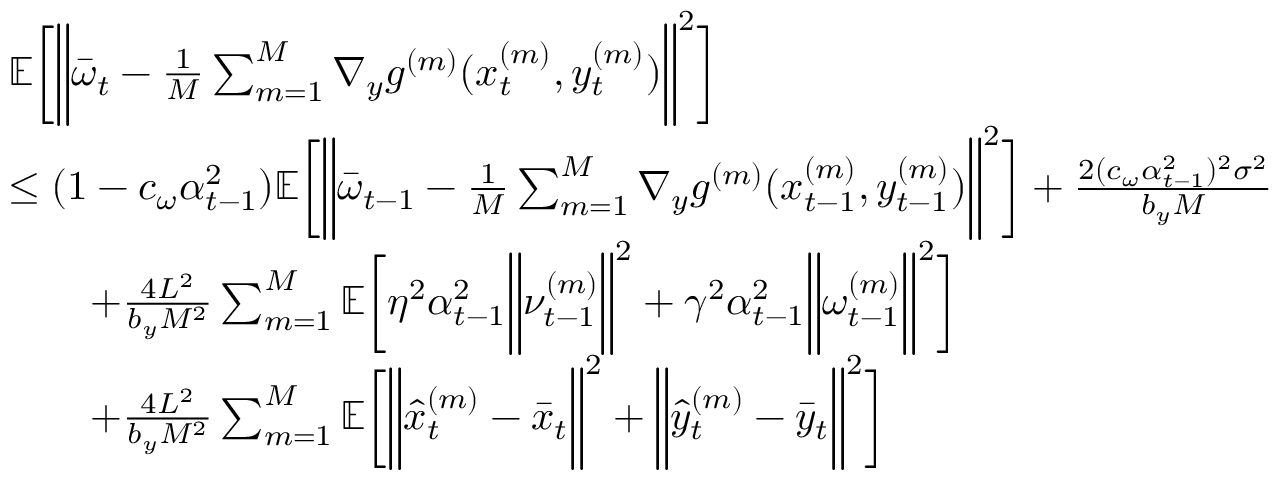
\begin{array} { r l } & { \mathbb { E } \bigg [ \bigg \| \bar { \omega } _ { t } - \frac { 1 } { M } \sum _ { m = 1 } ^ { M } \nabla _ { y } g ^ { ( m ) } ( x _ { t } ^ { ( m ) } , y _ { t } ^ { ( m ) } ) \bigg \| ^ { 2 } \bigg ] } \\ & { \leq ( 1 - c _ { \omega } \alpha _ { t - 1 } ^ { 2 } ) \mathbb { E } \bigg [ \bigg \| \bar { \omega } _ { t - 1 } - \frac { 1 } { M } \sum _ { m = 1 } ^ { M } \nabla _ { y } g ^ { ( m ) } ( x _ { t - 1 } ^ { ( m ) } , y _ { t - 1 } ^ { ( m ) } ) \bigg \| ^ { 2 } \bigg ] + \frac { 2 ( c _ { \omega } \alpha _ { t - 1 } ^ { 2 } ) ^ { 2 } \sigma ^ { 2 } } { b _ { y } M } } \\ & { \qquad + \frac { 4 L ^ { 2 } } { b _ { y } M ^ { 2 } } \sum _ { m = 1 } ^ { M } \mathbb { E } \bigg [ \eta ^ { 2 } \alpha _ { t - 1 } ^ { 2 } \bigg \| \nu _ { t - 1 } ^ { ( m ) } \bigg \| ^ { 2 } + \gamma ^ { 2 } \alpha _ { t - 1 } ^ { 2 } \bigg \| \omega _ { t - 1 } ^ { ( m ) } \bigg \| ^ { 2 } \bigg ] } \\ & { \qquad + \frac { 4 L ^ { 2 } } { b _ { y } M ^ { 2 } } \sum _ { m = 1 } ^ { M } \mathbb { E } \bigg [ \bigg \| \hat { x } _ { t } ^ { ( m ) } - \bar { x } _ { t } \bigg \| ^ { 2 } + \bigg \| \hat { y } _ { t } ^ { ( m ) } - \bar { y } _ { t } \bigg \| ^ { 2 } \bigg ] } \end{array}